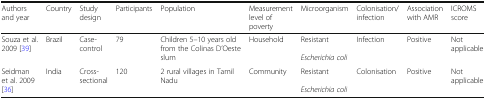
| Authors and year | Country | Study design | Participants | Population | Measurement level of poverty | Microorganism | Colonisation/ infection | Association with AMR | ICROMS score |
 | --- | --- | --- | --- | --- | --- | --- | --- | --- | --- |
 | Souza et al. 2009 [39] | Brazil | Case-control | 79 | Children 5–10 years old from the Colinas D’Oeste slum | Household | ResistantEscherichia coli | Infection | Positive | Not applicable |
 | Seidman et al. 2009 [36] | India | Cross-sectional | 120 | 2 rural villages in Tamil Nadu | Community | ResistantEscherichia coli | Colonisation | Positive | Not applicable |